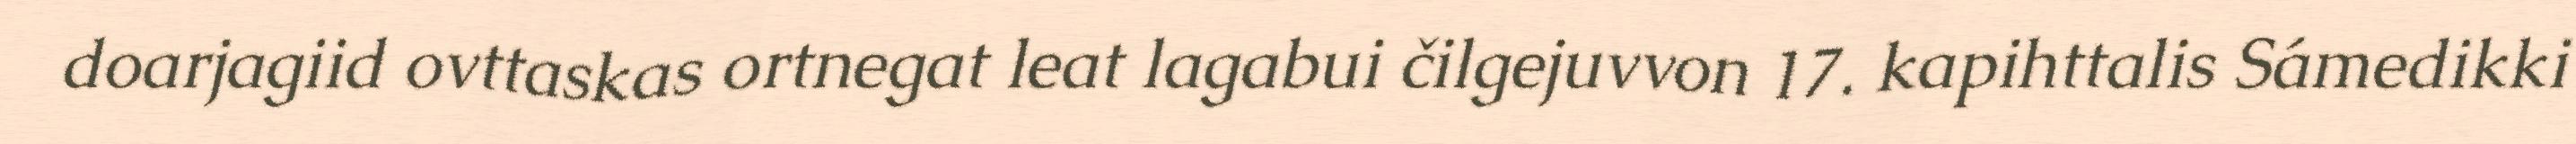
doarjagiid ovttaskas ortnegat leat lagabui čilgejuvvon 17. kapihttalis Sámedikki